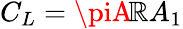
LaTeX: C_{L}=\piA\! \mathbb{R}A_{1}